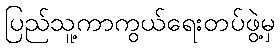
ပြည်သူ့ကာကွယ်ရေးတပ်ဖွဲ့မှ